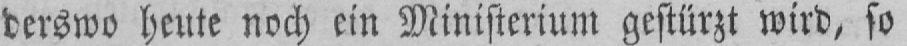
derswo heute noch ein Ministerium gestürzt wird, so